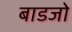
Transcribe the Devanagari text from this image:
बाडजो